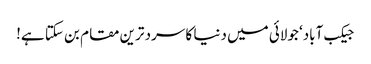
جیکب آباد‘ جولائی میں دنیا کا سرد ترین مقام بن سکتا ہے!